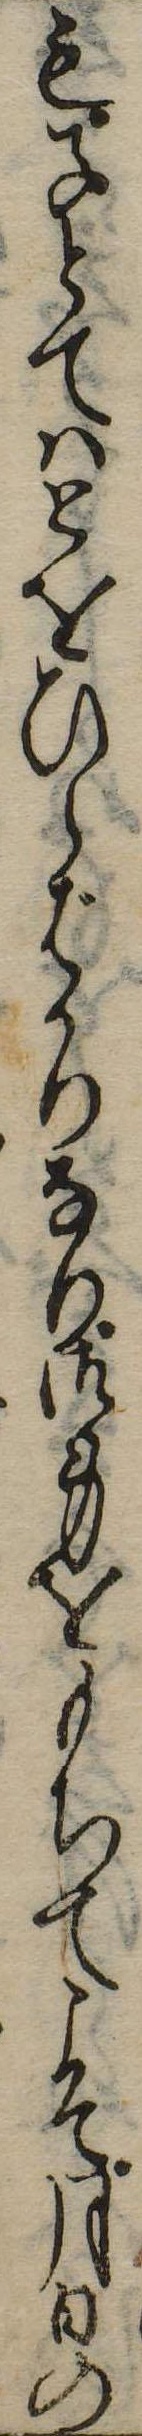
も子とてはとをひらばかりなり御身をもちてこそ月日の